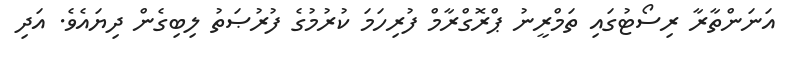
އަނަންތާރާ ރިސޯޓުގައި ތަމްރީނު ޕްރޮގްރާމް ފުރިހަމަ ކުރުމުގެ ފުރުޞަތު ލިބިގެން ދިޔައެވެ. އަދި